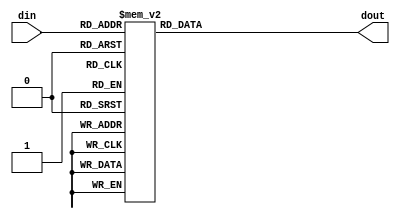
`timescale 1ns / 1ps
//////////////////////////////////////////////////////////////////////////////////
// Company: 
// Engineer: 
// 
// Design Name: 
// Module Name: decoder664
// Project Name: 
// Target Devices: 
// Tool Versions: 
// Description: 
// 
// Dependencies: 
// 
// Revision:
// Revision 0.01 - File Created
// Additional Comments:
// 
//////////////////////////////////////////////////////////////////////////////////

module decoder_664(

	input		[5:0]	din,
	output	reg [63:0]	dout
					);
					
	always @(*)
	begin
		case(din)
			6'b00_0000:dout<=64'b0000_0000_0000_0000_0000_0000_0000_0000_0000_0000_0000_0000_0000_0000_0000_0000;
			6'b00_0001:dout<=64'b0000_0000_0000_0000_0000_0000_0000_0000_0000_0000_0000_0000_0000_0000_0000_0001;
			6'b00_0010:dout<=64'b0000_0000_0000_0000_0000_0000_0000_0000_0000_0000_0000_0000_0000_0000_0000_0011;
			6'b00_0011:dout<=64'b0000_0000_0000_0000_0000_0000_0000_0000_0000_0000_0000_0000_0000_0000_0000_0111;
			6'b00_0100:dout<=64'b0000_0000_0000_0000_0000_0000_0000_0000_0000_0000_0000_0000_0000_0000_0000_1111;
			6'b00_0101:dout<=64'b0000_0000_0000_0000_0000_0000_0000_0000_0000_0000_0000_0000_0000_0000_0001_1111;
			6'b00_0110:dout<=64'b0000_0000_0000_0000_0000_0000_0000_0000_0000_0000_0000_0000_0000_0000_0011_1111;
			6'b00_0111:dout<=64'b0000_0000_0000_0000_0000_0000_0000_0000_0000_0000_0000_0000_0000_0000_0111_1111;
			6'b00_1000:dout<=64'b0000_0000_0000_0000_0000_0000_0000_0000_0000_0000_0000_0000_0000_0000_1111_1111;
			6'b00_1001:dout<=64'b0000_0000_0000_0000_0000_0000_0000_0000_0000_0000_0000_0000_0000_0001_1111_1111;
			6'b00_1010:dout<=64'b0000_0000_0000_0000_0000_0000_0000_0000_0000_0000_0000_0000_0000_0011_1111_1111;
			6'b00_1011:dout<=64'b0000_0000_0000_0000_0000_0000_0000_0000_0000_0000_0000_0000_0000_0111_1111_1111;
			6'b00_1100:dout<=64'b0000_0000_0000_0000_0000_0000_0000_0000_0000_0000_0000_0000_0000_1111_1111_1111;
			6'b00_1101:dout<=64'b0000_0000_0000_0000_0000_0000_0000_0000_0000_0000_0000_0000_0001_1111_1111_1111;
			6'b00_1110:dout<=64'b0000_0000_0000_0000_0000_0000_0000_0000_0000_0000_0000_0000_0011_1111_1111_1111;
			6'b00_1111:dout<=64'b0000_0000_0000_0000_0000_0000_0000_0000_0000_0000_0000_0000_0111_1111_1111_1111;
			
			6'b01_0000:dout<=64'b0000_0000_0000_0000_0000_0000_0000_0000_0000_0000_0000_0000_1111_1111_1111_1111;
			6'b01_0001:dout<=64'b0000_0000_0000_0000_0000_0000_0000_0000_0000_0000_0000_0001_1111_1111_1111_1111;
			6'b01_0010:dout<=64'b0000_0000_0000_0000_0000_0000_0000_0000_0000_0000_0000_0011_1111_1111_1111_1111;
			6'b01_0011:dout<=64'b0000_0000_0000_0000_0000_0000_0000_0000_0000_0000_0000_0111_1111_1111_1111_1111;
			6'b01_0100:dout<=64'b0000_0000_0000_0000_0000_0000_0000_0000_0000_0000_0000_1111_1111_1111_1111_1111;
			6'b01_0101:dout<=64'b0000_0000_0000_0000_0000_0000_0000_0000_0000_0000_0001_1111_1111_1111_1111_1111;
			6'b01_0110:dout<=64'b0000_0000_0000_0000_0000_0000_0000_0000_0000_0000_0011_1111_1111_1111_1111_1111;
			6'b01_0111:dout<=64'b0000_0000_0000_0000_0000_0000_0000_0000_0000_0000_0111_1111_1111_1111_1111_1111;
			6'b01_1000:dout<=64'b0000_0000_0000_0000_0000_0000_0000_0000_0000_0000_1111_1111_1111_1111_1111_1111;
			6'b01_1001:dout<=64'b0000_0000_0000_0000_0000_0000_0000_0000_0000_0001_1111_1111_1111_1111_1111_1111;
			6'b01_1010:dout<=64'b0000_0000_0000_0000_0000_0000_0000_0000_0000_0011_1111_1111_1111_1111_1111_1111;
			6'b01_1011:dout<=64'b0000_0000_0000_0000_0000_0000_0000_0000_0000_0111_1111_1111_1111_1111_1111_1111;
			6'b01_1100:dout<=64'b0000_0000_0000_0000_0000_0000_0000_0000_0000_1111_1111_1111_1111_1111_1111_1111;
			6'b01_1101:dout<=64'b0000_0000_0000_0000_0000_0000_0000_0000_0001_1111_1111_1111_1111_1111_1111_1111;
			6'b01_1110:dout<=64'b0000_0000_0000_0000_0000_0000_0000_0000_0011_1111_1111_1111_1111_1111_1111_1111;
			6'b01_1111:dout<=64'b0000_0000_0000_0000_0000_0000_0000_0000_0111_1111_1111_1111_1111_1111_1111_1111;
			
			6'b10_0000:dout<=64'b0000_0000_0000_0000_0000_0000_0000_0000_1111_1111_1111_1111_1111_1111_1111_1111;
			6'b10_0001:dout<=64'b0000_0000_0000_0000_0000_0000_0000_0001_1111_1111_1111_1111_1111_1111_1111_1111;
			6'b10_0010:dout<=64'b0000_0000_0000_0000_0000_0000_0000_0011_1111_1111_1111_1111_1111_1111_1111_1111;
			6'b10_0011:dout<=64'b0000_0000_0000_0000_0000_0000_0000_0111_1111_1111_1111_1111_1111_1111_1111_1111;
			6'b10_0100:dout<=64'b0000_0000_0000_0000_0000_0000_0000_1111_1111_1111_1111_1111_1111_1111_1111_1111;
			6'b10_0101:dout<=64'b0000_0000_0000_0000_0000_0000_0001_1111_1111_1111_1111_1111_1111_1111_1111_1111;
			6'b10_0110:dout<=64'b0000_0000_0000_0000_0000_0000_0011_1111_1111_1111_1111_1111_1111_1111_1111_1111;
			6'b10_0111:dout<=64'b0000_0000_0000_0000_0000_0000_0111_1111_1111_1111_1111_1111_1111_1111_1111_1111;
			6'b10_1000:dout<=64'b0000_0000_0000_0000_0000_0000_1111_1111_1111_1111_1111_1111_1111_1111_1111_1111;
			6'b10_1001:dout<=64'b0000_0000_0000_0000_0000_0001_1111_1111_1111_1111_1111_1111_1111_1111_1111_1111;
			6'b10_1010:dout<=64'b0000_0000_0000_0000_0000_0011_1111_1111_1111_1111_1111_1111_1111_1111_1111_1111;
			6'b10_1011:dout<=64'b0000_0000_0000_0000_0000_0111_1111_1111_1111_1111_1111_1111_1111_1111_1111_1111;
			6'b10_1100:dout<=64'b0000_0000_0000_0000_0000_1111_1111_1111_1111_1111_1111_1111_1111_1111_1111_1111;
			6'b10_1101:dout<=64'b0000_0000_0000_0000_0001_1111_1111_1111_1111_1111_1111_1111_1111_1111_1111_1111;
			6'b10_1110:dout<=64'b0000_0000_0000_0000_0011_1111_1111_1111_1111_1111_1111_1111_1111_1111_1111_1111;
			6'b10_1111:dout<=64'b0000_0000_0000_0000_0111_1111_1111_1111_1111_1111_1111_1111_1111_1111_1111_1111;
			
			6'b11_0000:dout<=64'b0000_0000_0000_0000_1111_1111_1111_1111_1111_1111_1111_1111_1111_1111_1111_1111;
			6'b11_0001:dout<=64'b0000_0000_0000_0001_1111_1111_1111_1111_1111_1111_1111_1111_1111_1111_1111_1111;
			6'b11_0010:dout<=64'b0000_0000_0000_0011_1111_1111_1111_0011_1111_1111_1111_1111_1111_1111_1111_1111;
			6'b11_0011:dout<=64'b0000_0000_0000_0111_1111_1111_1111_0111_1111_1111_1111_1111_1111_1111_1111_1111;
			6'b11_0100:dout<=64'b0000_0000_0000_1111_1111_1111_1111_1111_1111_1111_1111_1111_1111_1111_1111_1111;
			6'b11_0101:dout<=64'b0000_0000_0001_1111_1111_1111_1111_1111_1111_1111_1111_1111_1111_1111_1111_1111;
			6'b11_0110:dout<=64'b0000_0000_0011_1111_1111_1111_1111_1111_1111_1111_1111_1111_1111_1111_1111_1111;
			6'b11_0111:dout<=64'b0000_0000_0111_1111_1111_1111_1111_1111_1111_1111_1111_1111_1111_1111_1111_1111;
			6'b11_1000:dout<=64'b0000_0000_1111_1111_1111_1111_1111_1111_1111_1111_1111_1111_1111_1111_1111_1111;
			6'b11_1001:dout<=64'b0000_0001_1111_1111_1111_1111_1111_1111_1111_1111_1111_1111_1111_1111_1111_1111;
			6'b11_1010:dout<=64'b0000_0011_1111_1111_1111_1111_1111_1111_1111_1111_1111_1111_1111_1111_1111_1111;
			6'b11_1011:dout<=64'b0000_0111_1111_1111_1111_1111_1111_1111_1111_1111_1111_1111_1111_1111_1111_1111;
			6'b11_1100:dout<=64'b0000_1111_1111_1111_1111_1111_1111_1111_1111_1111_1111_1111_1111_1111_1111_1111;
			6'b11_1101:dout<=64'b0001_1111_1111_1111_1111_1111_1111_1111_1111_1111_1111_1111_1111_1111_1111_1111;
			6'b11_1110:dout<=64'b0011_1111_1111_1111_1111_1111_1111_1111_1111_1111_1111_1111_1111_1111_1111_1111;
			6'b11_1111:dout<=64'b0111_1111_1111_1111_1111_1111_1111_1111_1111_1111_1111_1111_1111_1111_1111_1111;
			default:;
		endcase
	end
endmodule